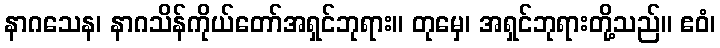
နာဂသေန၊ နာဂသိန်ကိုယ်တော်အရှင်ဘုရား။ တုမှေ၊ အရှင်ဘုရားတို့သည်။ ဧဝံ၊